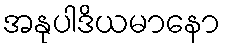
အနုပါဒိယမာနော